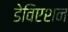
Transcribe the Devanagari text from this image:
डेविएशन